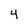
Character: 4